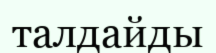
талдайды